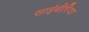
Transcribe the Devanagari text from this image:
साईबीरिया